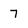
Character: 7